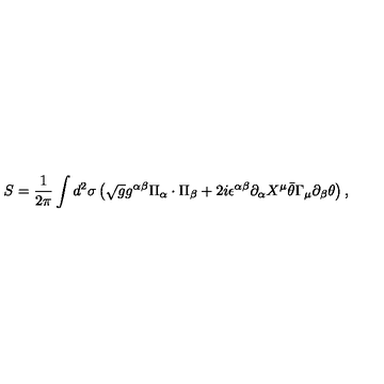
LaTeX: S = \frac { 1 } { 2 \pi } \int d ^ { 2 } \sigma \left( \sqrt { g } g ^ { \alpha \beta } \Pi _ { \alpha } \cdot \Pi _ { \beta } + 2 i \epsilon ^ { \alpha \beta } \partial _ { \alpha } X ^ { \mu } \bar { \theta } \Gamma _ { \mu } \partial _ { \beta } \theta \right) ,